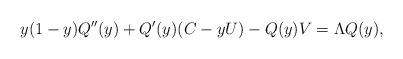
LaTeX: \begin{align*}y(1-y)Q''(y)+Q'(y)(C-yU)-Q(y)V=\Lambda Q(y), \end{align*}